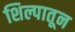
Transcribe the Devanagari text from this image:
शिल्पातून